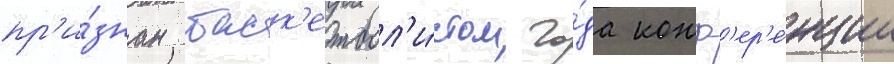
пр'и́знан баск'етбол'и́стом го́да конф'ер'е́нции